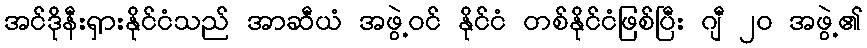
အင်ဒိုနီးရှားနိုင်ငံသည် အာဆီယံ အဖွဲ့ဝင် နိုင်ငံ တစ်နိုင်ငံဖြစ်ပြီး ဂျီ ၂၀ အဖွဲ့၏